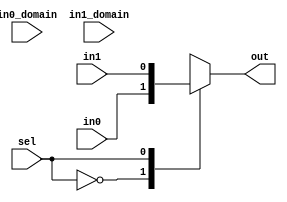
//========================================================================
// Verilog Components: Muxes
//========================================================================

`ifndef VC_MUX2_DIFFDOMAIN_V
`define VC_MUX2_DIFFDOMAIN_V

//------------------------------------------------------------------------
// 2 Input Mux
//------------------------------------------------------------------------

module vc_Mux2_dd
#(
  parameter p_nbits = 1
)(
  input      [p_nbits-1:0] 	in0, 
  input		 [p_nbits-1:0] 	in1,
  input		 [1:0]		   					in0_domain,
  input		 [1:0]		   					in1_domain,
  input                    					sel,
  output reg [p_nbits-1:0] 			out
  //output	 [1:0]		   					out_domain
);

  reg [1:0] 	out_domain;
  always @(*)
  begin
    case ( sel )
	  1'd0 : begin
			   out_domain = in0_domain;
			   out = in0;
		     end

	  1'd1 : begin
			   out_domain = in1_domain;
			   out = in1;
			 end

      default : out = {p_nbits{1'bx}};
    endcase
  end

endmodule

`endif /* VC_MUX2_DIFFDOMAIN_V */